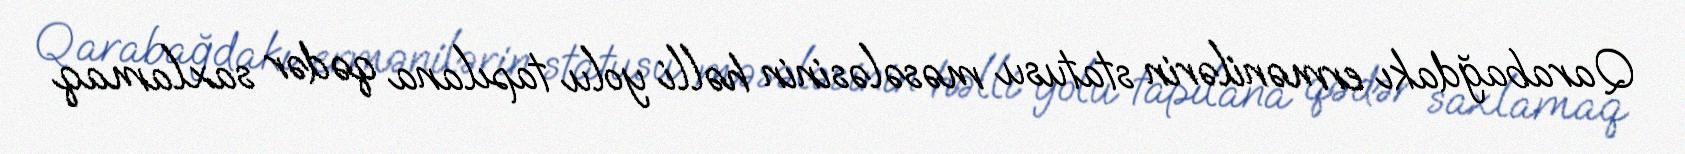
Qarabağdakı ermənilərin statusu məsələsinin həlli yolu tapılana qədər saxlamaq